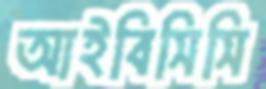
আইবিসিসি